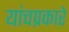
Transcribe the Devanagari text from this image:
यांचप्रकारे